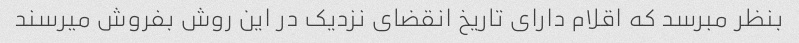
بنظر مبرسد که اقلام دارای تاریخ انقضای نزدیک در این روش بفروش میرسند